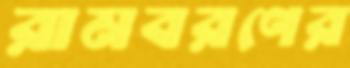
রামবরণের